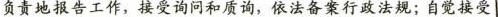
负责地报告工作，接受询问和质询，依法备案行政法规；自觉接受